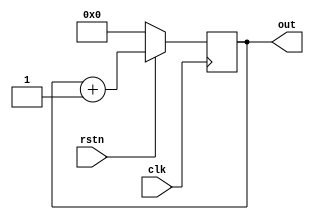
    module counter (input clk,      // Declare input port for the clock to allow counter to count up  
                      input rstn,              // Declare input port for the reset to allow the counter to be reset to 0 when required  
                      output reg[3:0] out);    // Declare 4-bit output port to get the counter values  
      
     // This always block will be triggered at the rising edge of clk (0->1)  
      // Once inside this block, it checks if the reset is 0, then change out to zero   
      // If reset is 1, then the design should be allowed to count up, so increment the counter   
      
      always @ (posedge clk) begin  
        if (! rstn)  
          out <= 0;  
        else  
          out <= out + 1;  
      end  
    endmodule  
    
    

//	module tb_counter;  
//      reg clk;                     // Declare an internal TB variable called clk to drive clock to the design  
//      reg rstn;                    // Declare an internal TB variable called rstn to drive active low reset to design  
//      wire [3:0] out;              // Declare a wire to connect to design output  
//      
//      // Instantiate counter design and connect with Testbench variables  
//      counter   c0 ( .clk (clk),  
//                     .rstn (rstn),  
//                     .out (out));  
//      
//      // Generate a clock that should be driven to design  
//      // This clock will flip its value every 5ns -> time period = 10ns -> freq = 100 MHz  
//       
//     always #5 clk = ~clk;  
//      
//      // This initial block forms the stimulus of the testbench  
//      initial begin  
//        // Initialize testbench variables to 0 at start of simulation  
//        clk <= 0;  
//        rstn <= 0;  
//      
//        // Drive rest of the stimulus, reset is asserted in between  
//        #20   rstn <= 1;  
//        #80   rstn <= 0;  
//        #50   rstn <= 1;  
//      
//        // Finish the stimulus after 200ns  
//        #20 $finish;  
//      end  
//    endmodule  



    module memmory_control (input clk,
                      input rstn,
                      output reg[3:0] out);
  
      
//      always @ (posedge clk) begin  
//        if (! rstn)  
//          out <= 0;  
//        else  
//          out <= out + 1;  
//      end  
    endmodule